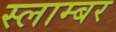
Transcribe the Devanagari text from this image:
स्लाम्बर